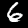
Label: 6